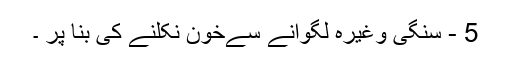
5 - سنگی وغیرہ لگوانے سےخون نکلنے کی بنا پر ۔